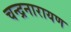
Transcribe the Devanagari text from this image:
चन्द्रनारायण